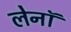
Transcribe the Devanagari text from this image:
लेनॉ